Lunatic asylums Bombay report 1878-1890 - 1878-1890
Year: 1878
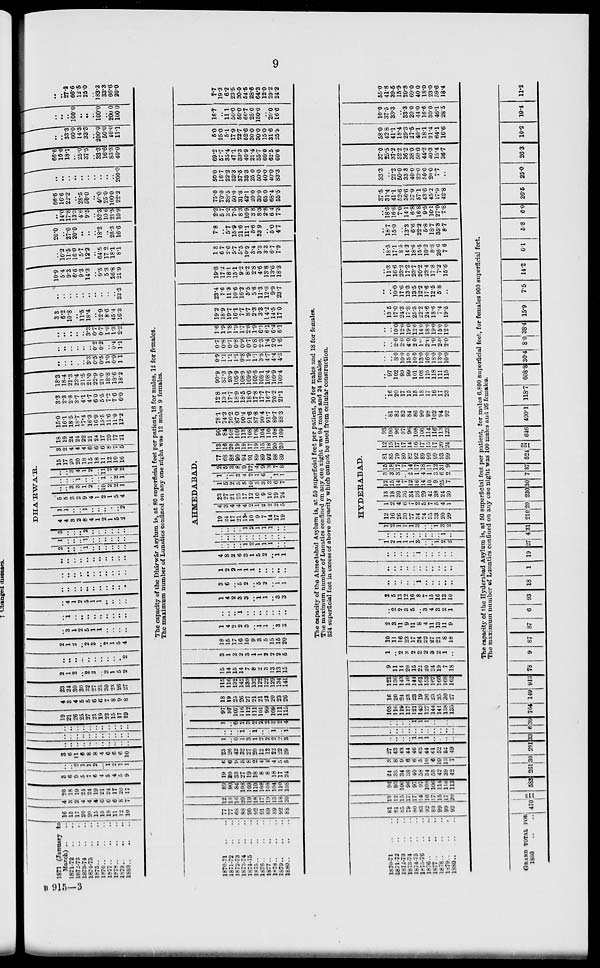
9
1871 (January to
March) ..
1871-72 .. ..
1872-73 .. ..
1873-74 .. ..
1874-75 .. ..
1875 .. .. ..
1876 .. .. ..
1877 .. .. ..
1878
..
..
..
1879
..
..
..
1880 .. .. ..
16
15
17
20
20
15
15
18
11
12
10
4
3
2
4
4
4
6
6
6
8
7
20
18
19
24
24
19
21
24
17
20
17
3
6
9
5
7
6
4
5
4
5
9
..
..
2
1
1
2
..
1 2
1
1
3
6
11
6
8
8
4
6
6
6
10
..
..
..
..
..
..
..
..
..
..
..
..
..
..
..
..
..
..
..
..
..
..
..
..
..
..
..
..
..
..
..
..
..
19
21
26
25
27
21
19
23
15
17
19
4
3
4
5
5
6
6
7
8
9
8
23
24
30
30
32
27
25
30
23
26
27
2
1
2
..
2
3
..
2
1
5
2
..
..
..
..
..
..
..
..
..
..
2
2
1
2
..
2
3
..
2
1
5
4
..
3
1
2
5
1
1
..
..
..
..
..
1
..
..
..
..
..
..
..
..
..
..
4
1
2
5
1
1
..
..
..
..
..
.. ..
..
..
..
..
..
..
..
..
..
..
..
..
..
..
..
..
..
..
..
..
.. ..
..
..
..
..
..
..
..
..
2
..
..
..
1
..
..
..
..
..
..
1
..
..
..
1
..
..
..
..
..
..
3
..
..
..
2
..
..
..
..
..
..
DHA'RWA'R.
4
4
3
2
8
4
1
2
1
5
2
1
1
..
..
1
..
..
..
..
..
2
5
5
3
2
9
4
1
2
1
5
4
..
..
3
3
1
2
..
10
2
2
1
..
..
..
1
..
..
..
1
..
2
1
..
..
3
4
1
2
..
11 2
4
2
15
17
20
20
18
15
18
11
12
10
16
3
2
4
4
4
6
6
6
8
7
5
18
19
24
24
22
21
24
17
20
17
21
15.0
16.1
18.5
18.7
17.4
16.3
16.9
15.5
11.6
11.0
12.2
33
2.3
2.8
3.7
4.1
4.7
6.0
5.5
7.2
7.6
6.0
18.3
18.4
21.3
22.4
21.5
21.0
22.9
21.0
18.8
18.6
18.2
..
..
..
..
..
3.3
0.5
0.5
1.0
0.9
1.1
..
..
..
..
..
..
0.2
0.2
..
0.4
1.1
..
..
..
..
..
3.3
0.7
0.7
1.0
1.3
2.2
33
6.2
10.8
..
11.5
18.4
..
12.9
8.6
45.4
16.3
..
..
..
..
..
..
..
..
..
..
33.3
10.9
5.4
9.3
6.6
9.3
14.3
..
9.5
5.3
26.8
21.9
..
16.2
11.5
16.0
5.7
12.2
..
64.5
17.2
18.1
8.1
20.0
..
27.0
20.0
..
..
..
18.2
..
26.3
16.6
..
14.0
17.8
13.3
4.6
9.5
..
52.3
10.6
21.5
10.9
66.6
166
22.2
..
28.5
50.0
..
40.0
25.0
100.0
22.2
..
..
..
..
..
..
..
..
..
..
200.0
66.6
16.6
18.1
..
25.0
37.5
..
33.3
16.6
83.3
40.0
..
..
33.3
60.0
14.3
33.3
..
200.0
50.0
40.0
11.1
..
..
..
100.0
..
..
..
100.0
..
200.0
100.0
..
..
27.2
66.6
12.5
25.0
..
183.3
33.3
66.6
20.0
The capacity of the Dhárwár Asylum is, at 80 superficial feet per patient, 16 for males, 12 for females.
The maximum number of Lunatics confined on any one night was 12 males 9 females.
1870-71 .. ..
1871-72 .. ..
1872-73 .. ..
1873-74 .. ..
1874-75 .. ..
1875
..
..
..
1876
..
..
..
1877
..
..
..
1878
..
..
..
1879 .. .. ..
1880 .. .. ..
77
77
68
88
90
92
91
89
89
92
88
12
13
16
20
19
18
17
19
15
18
20
89
90
84
108
109
110
108
108
104
110
108
19
20
33
27
19
18
8
8
18
17
24
6
6
9
5
8
2
4
4
4
5
5
25
26
42
32
27
20
12
12
22
22
29
1
..
6
1
3
1
2
2
2
2
3
..
..
..
1
..
1
..
..
1
..
1
1
..
6
2
3
2
2
2
3
2
4
97
97
107
116
112
111
101
99
109
111
115
18
19
25
26
27
21
21
23
20
23
26
115
116
132
142
139
132
122
122
129
134
141
15
14
15
14
7
8
2
3
13
13
15
3
1
2
2
3
1
1
2
2
2
5
18
15
17
16
10
9
3
5
15
15
20
1
4
2
2
3
..
1
1
..
3
3
..
..
..
1
..
..
..
..
..
..
..
1
4
2
3
3
..
1
1
..
3
3
3
6
..
5
2
..
5
2
..
1
1
1
2
2
1
1
1
..
..
..
..
..
4
8
2
6
3
1
5
2
..
1
1
..
..
..
..
1
2
1
1
1
..
..
..
..
..
..
..
..
..
..
..
..
..
AHMEDABAD.
..
..
..
..
1
2
1
1
1
..
..
19
24
17
21
13
10
9
7
14
17
19
4
3
4
4
4
2
1
2
2
2
5
23
27
21
25
17
12
10
9
16
19
24
1
5
2
5
5
10
3
3
3
6
7
1
..
1
3
4
2
1
6
..
1
1
2
5
3
8
9
12
4
9
3
7
8
77
68
88
90
94
91
89
89
92
88
89
13
16
20
19
19
17
19
15
18
20
20
90
84
108
109
113
108
108
104
110
108
109
78.1
74.2
76.2
87.0
90.4
91.6
87.8
90.4
91.7
89.7
88.3
12.8
13.1
17.7
18.9
18.5
18.0
17.8
17.7
16.7
20.2
21.1
90.9
87.3
93.9
105.9
108.9
109.6
105.6
108.1
108.4
109.9
109.4
0.9
1.1
1.1
1.1
0.8
1.9
1.1
3.8
4.7
4.4
4.5
0.7
0.8
0.7
0.8
0.9
0.7
0.8
2.3
1.4
2.0
1.6
1.6
1.9
1.8
1.9
1.7
2.6
1.9
6.1
6.1
6.4
6.1
19.2
18.9
19.7
16.1
7.7
8.7
2.3
3.3
14.2
14.5
17.0
23.4
7.6
11.3
10.6
16.2
5.5
5.6
11.3
12.0
9.9
23.7
19.8
17.2
18.1
15.1
9.2
8.2
2.8
4.6
13.8
13.6
18.3
1.3
6.7
2.6
5.7
5.5
10.9
3.4
3.3
3.3
6.7
7.9
7.8
..
5.7
15.9
21.6
11.1
5.6
33.9
..
5.0
4.7
2.2
5.7
3.2
7.5
8.3
10.9
3.8
8.3
2.8
6.4
7.3
75.0
70.0
38.5
50.0
31.8
42.1
20.0
30.0
65.0
68.4
55.5
50.0
16.7
22.2
33.3
37.5
33.3
25.0
50.0
40.0
40.0
83.3
69.2
57.7
35.4
47.1
33.3
40.9
21.4
35.7
60.0
62.5
60.6
5.0
25.0
5.1
17.9
22.7
52.6
30.0
30.0
15.0
31.6
25.9
16.7
..
11.1
50.0
50.0
66.7
25.0
150.0
..
20.0
16.6
7.7
19.2
6.2
23.5
30.0
54.5
28.6
64.3
12.0
29.2
24.2
The capacity of the Ahmedabad Asylum is, at 50 superficial feet per patient, 90 for males and 18 for females.
The maximum number of Lunatics confined on any one night was 94 males and 24 females.
324 superficial feet in excess of above capacity which cannot be used from cellular construction.
1870-71 .. ..
1871-72 .. ..
1872-73 .. ..
1873-74 .. ..
1874-75 .. ..
1875-76 .. ..
1876
..
..
..
1877
..
..
..
1878
..
..
..
1879
..
..
..
1880
..
..
..
81
81 85
79
80
83
92
89
99
99
93
13
12
15
17
17
14
16
17
15
17
20
94
93
100
96
97
97
108
106
114
116
113
24
35
34
38
40
58
34
55
42
39
42
3
8
9
6
6
5
10
6
10
13
7
27
43
43
44
46
63
44
61
52
52
49
..
..
..
..
1
1
1
..
..
..
..
..
..
..
..
..
..
..
..
..
..
..
..
..
..
..
1
1
1
..
..
..
..
105
116
119
117
121
142
127
144
141
138
135
16
20
24
23
23
19
26
23
25
30
27
121
136
143
140
144
161
153
167
166
168
162
9
11
14
20
15
22
20
24
19
7
18
1
..
2
3
2
2
2
3
2
1
..
10
11
16
23
17
24
22
27
21
8
18
2
3
11
9
11
8
4
11
13
11
9
..
2
2
3
5
..
3
4
3
2
1
2
5
13
12
16
8
7
15
16
13
10
..
..
..
..
..
1
..
..
..
..
..
..
..
..
..
..
..
..
..
..
..
..
..
..
..
..
..
1
..
..
..
..
..
HYDERABAD.
1
2
1
1
1
3
..
..
1
2
2
..
..
..
..
..
..
..
..
..
1
..
1
2
1
1
1
3
..
..
1
3
2
12
16
26
30
27
34
24
35
33
20
29
1
2
4
6
7
2
5
7
5
4
1
13
18
30
36
34
36
29
42
38
24
30
12
15
14
7
12
16
14
10
9
25
7
3
3
3
..
2
1
4
1
3
6
2
15
18
17
7
14
17
18
11
12
31
9
81
85
79
80
82
92
89
99
99
93
99
12
15
17
17
14
16
17
15
17
20
24
93
100
96
97
96
108
106
114
116
113
123
..
81
82
82
84
86
90
98
102
94
92
..
16
20
17
15
15
18
17
16
17
23
..
97
102
99
99
101
108
115
118
111
115
..
..
8.0
10.0
15.0
10.0
13.0
16.0
18.0
13.0
10.0
..
..
2.0
2.0
4.0
2.0
1.0
2.0
1.0
2.0
2.0
..
..
10.0
12.0
19.0
12.0
14.0
18.0
19.0
15.0
12.0
..
13.5
17.0
24.3
17.8
25.5
22.2
24.6
18.6
7.4
19.5
..
..
10.0
17.6
13.3
13.5
12.2
17.6
12.5
5.8
..
..
11.3
16.6
23.2
17.2
23.7
20.2
23.4
17.8
7.2
15.6
..
18.5
17.1
8.5
14.2
18.6
15.5
10.2
8.8
26.6
7.6
..
18.7
15.0
..
13.3
6.6
22.2
5.8
18.7
35.3
8.7
..
18.5
16.6
7.0
14.1
6.8
16.8
9.5
10.1
27.9
7.8
37.5
31.4
41.1
52.6
36.6
37.9
57.1
43.6
45.2
17.9
42.8
33.3
..
22.2
50.0
33.3
40.0
22.0
50.0
20.0
7.7
..
37.0
25.5
37.2
52.2
36.2
38.0
50.0
44.2
40.3
15.4
36.7
58.0
42.8
41.1
18.4
29.3
27.5
40.1
18.1
21.4
64.1
16.6
10.0
37.5
33.3
..
33.3
20.0
44.0
16.6
30.0
46.1
28.5
55.0
41.8
39.5
15.9
29.8
69.0
40.0
18.0
23.0
59.6
18.4
The capacity of the Hyderabad Asylum is, at 50 superficial feet per patient, for males 6,800 superficial feet, for females 900 superficial feet.
The maximum number of Lunatics confined on any one night was 100 males and 26 females.
GRAND TOTAL FOR
1880 .. ..
470
113
583 261 30 291 33 6 39 764 149 913 78 9 87 87 6 93 18 1 19 27 4 31 210 20 230 30 7 37 524
122
646 490.1 118.7 608.8 30.4 8.0 38.4 15.9
7.5
14.2 6.1
5.8
6.0 26.5
25.0
26.3
10.2
19.4
11.2
B 915—3